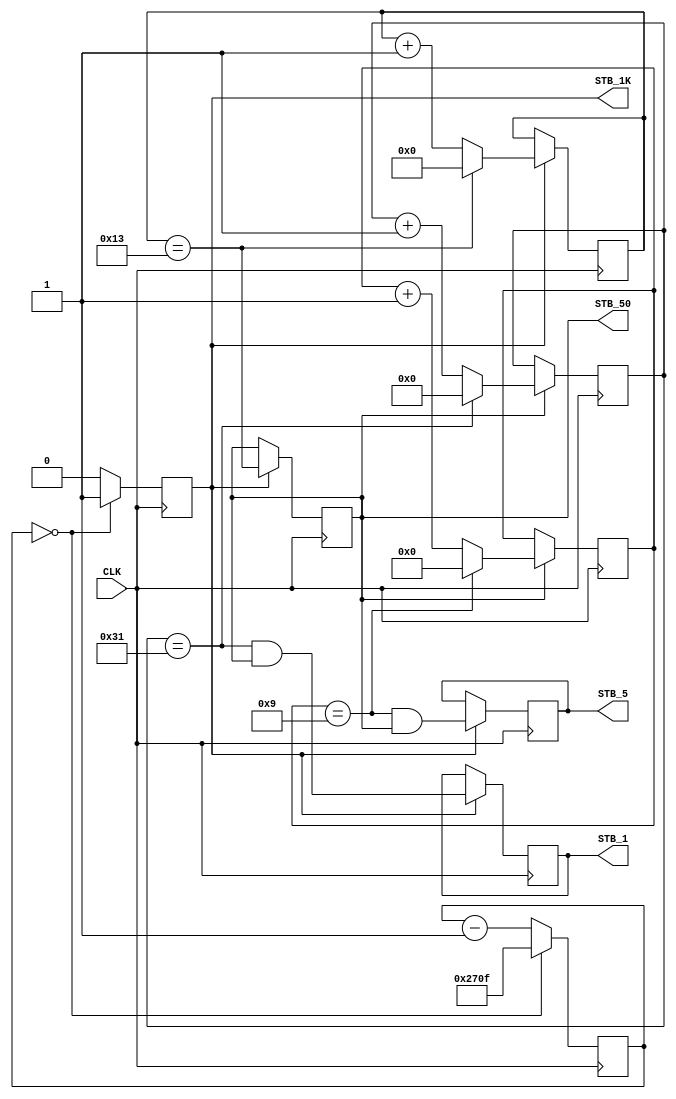
// 0.1, 0.2, and 1s strobe generator
// input: Clk (50 MHz max)
// Output: 1-period strobes (10, 5, and 1 Hz)
// Date: 201707xx
// Updated: 20171013

// this prevents the RTL simulation to start (ModelSim requires explicit net declaration):
//`default_nettype none

module strobe_gen_1k_50_5_1
#(
 parameter INPUT_FREQUENCY_KHZ = 10000
)
(
input 	CLK,
output 	STB_1K, STB_50,	STB_5, STB_1
);

reg [4:0] cnt50;
reg [3:0] cnt5;
reg [6:0] cnt1;

reg [15:0] prescaler;
reg stb_1k;
reg stb_50, stb_5, stb_1;
wire cnt50_done = (cnt50 == 19);
wire cnt5_done  = (cnt5  == 9);
wire cnt1_done  = (cnt1  == 49);

assign STB_1K = stb_1k,
       STB_50 = stb_50,
       STB_5  = stb_5,
       STB_1  = stb_1;

// we must perform initial reset, for the correct RTL simulaion
initial
 begin
  cnt50 = 0; cnt5 = 0; cnt1 = 0;
 end	
 
// prescaler downto 1kHz
always @ (posedge CLK)
 if(prescaler == 0)
  begin
   stb_1k <= 1;
   prescaler <= INPUT_FREQUENCY_KHZ-1;
  end 
  else
   begin
    stb_1k <= 0;
    prescaler--;
   end 
 
always @ (posedge CLK)
 if (stb_1k)
 begin
  if(cnt50_done)  cnt50 <= 0;
   else           cnt50 <= cnt50 + 1;
	
  stb_50 <= (cnt50_done);
  stb_5  <= ( (cnt5_done) & (stb_50) );
  stb_1  <= ( (cnt1_done) & (stb_50) );
 end

always @ (posedge CLK)
 if(stb_50)
  begin
   if(cnt5_done)  cnt5 <= 0;
    else          cnt5 <= cnt5 + 1;
    
   if(cnt1_done)  cnt1 <= 0;
    else          cnt1 <= cnt1 + 1;
  end

 
 
endmodule